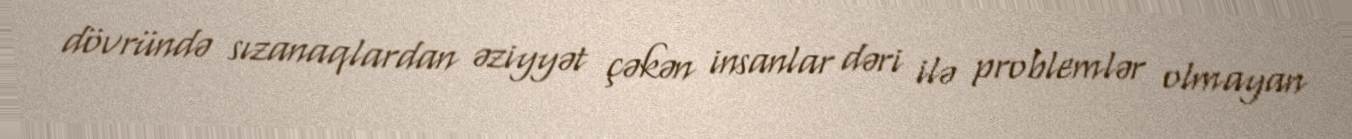
dövründə sızanaqlardan əziyyət çəkən insanlar dəri ilə problemlər olmayan